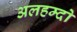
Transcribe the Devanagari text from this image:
अलहम्दो